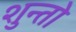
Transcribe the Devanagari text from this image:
शुन्तो